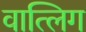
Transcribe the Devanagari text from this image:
वात्लिग